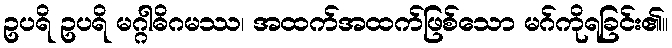
ဥပရိ ဥပရိ မဂ္ဂါဓိဂမဿ၊ အထက်အထက်ဖြစ်သော မဂ်ကိုရခြင်း၏။